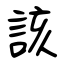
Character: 該